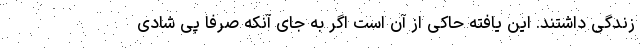
زندگی داشتند. این یافته حاکی از آن است اگر به جای آنکه صرفاً پی شادی